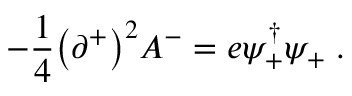
- { \frac { 1 } { 4 } } \bigl ( \partial ^ { + } \bigr ) ^ { 2 } A ^ { - } = e \psi _ { + } ^ { \dagger } \psi _ { + } \; .